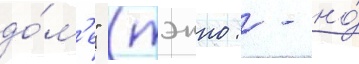
до́м'е" (тэнно: - но́